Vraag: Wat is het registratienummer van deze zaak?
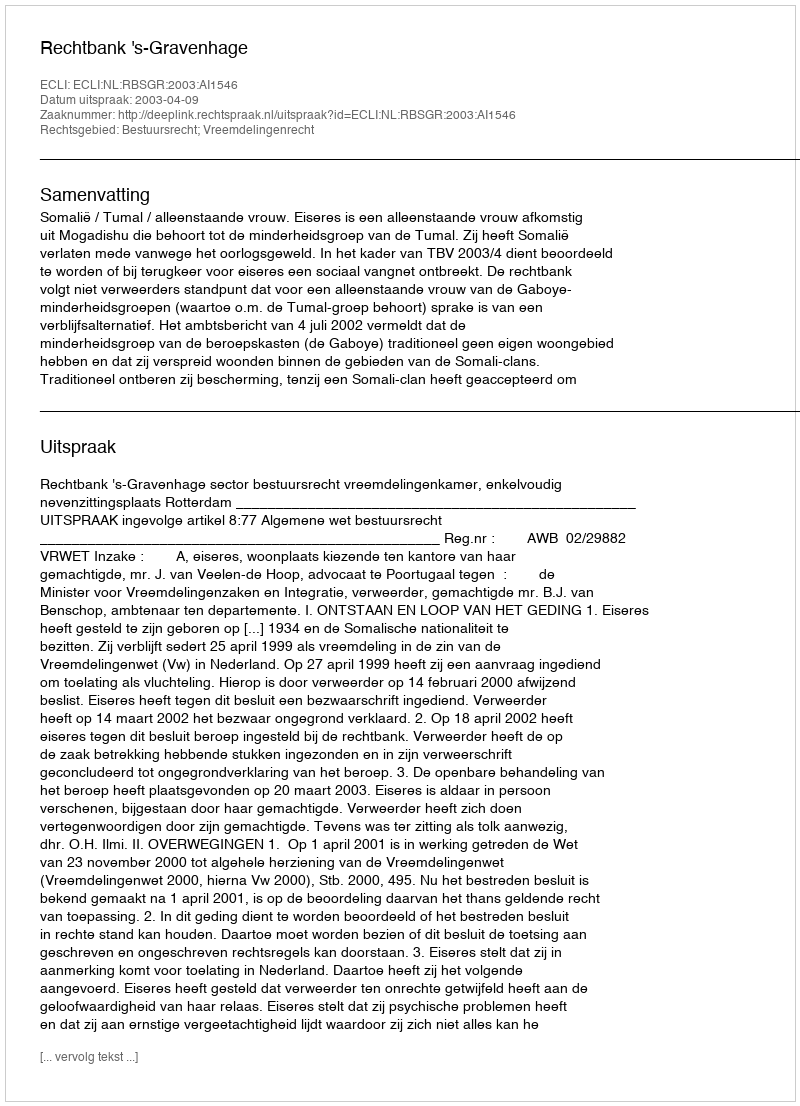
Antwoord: http://deeplink.rechtspraak.nl/uitspraak?id=ECLI:NL:RBSGR:2003:AI1546